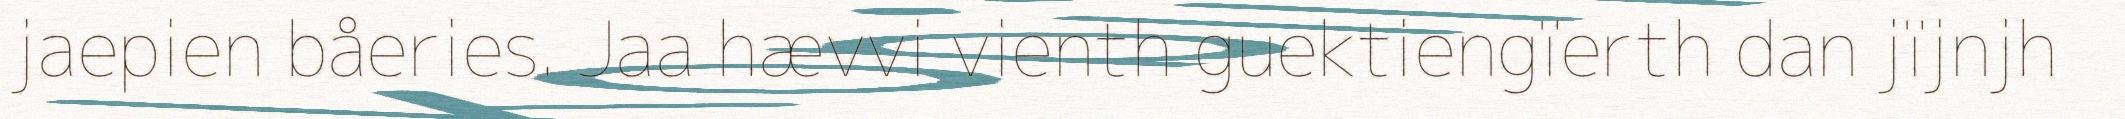
jaepien båeries. Jaa hævvi vienth guektiengïerth dan jïjnjh